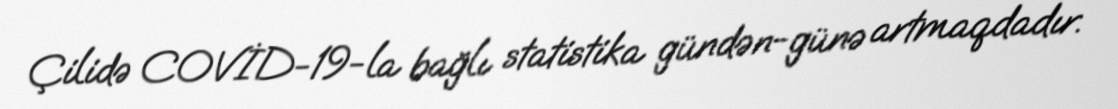
Çilidə COVİD-19-la bağlı statistika gündən-günə artmaqdadır.